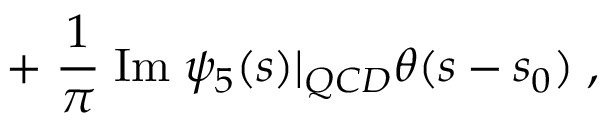
+ \; \frac { 1 } { \pi } \; \mathrm { I m } \; \psi _ { 5 } ( s ) | _ { Q C D } \theta ( s - s _ { 0 } ) \; ,